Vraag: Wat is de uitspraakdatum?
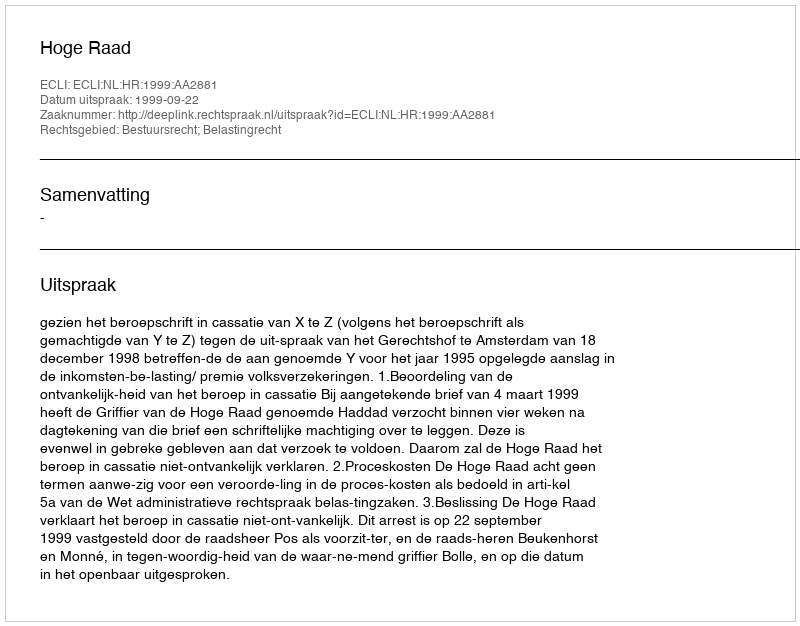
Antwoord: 1999-09-22